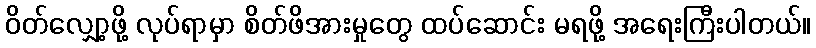
ဝိတ်လျှော့ဖို့ လုပ်ရာမှာ စိတ်ဖိအားမှုတွေ ထပ်ဆောင်း မရဖို့ အရေးကြီးပါတယ်။